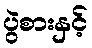
ပွဲစားနှင့်